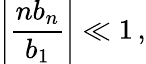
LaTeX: \left|\frac{nb_{n}}{b_{1}}\right|\ll 1\, ,